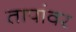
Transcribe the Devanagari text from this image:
तापांवर